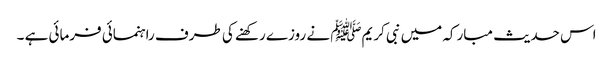
اس حدیث مبارکہ میں نبی کریمﷺ نے روزے رکھنے کی طرف راہنمائی فرمائی ہے ۔